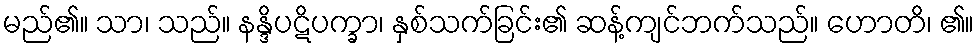
မည်၏။ သာ၊ သည်။ နန္ဒိပဋိပက္ခာ၊ နှစ်သက်ခြင်း၏ ဆန့်ကျင်ဘက်သည်။ ဟောတိ၊ ၏။